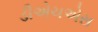
ડીએચએસ